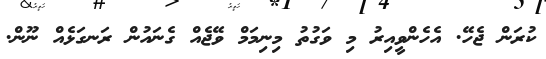
ކުރަން ޖެހޭ. އެހެންވީއިރު މި ވަގުތު މިނިމަމް ވޭޖެއް ގެނައުން ރަނގަޅެއް ނޫން.